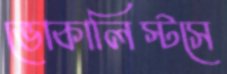
ভোকালিস্টসে